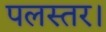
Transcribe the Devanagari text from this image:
पलस्तर।